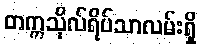
တက္ကသိုလ်ရိပ်သာလမ်းရှိ